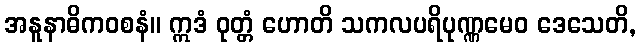
အနူနာဓိကဝစနံ။ ဣဒံ ဝုတ္တံ ဟောတိ သကလပရိပုဏ္ဏမေဝ ဒေသေတိ,